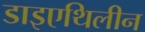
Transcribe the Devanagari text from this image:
डाइएथिलीन